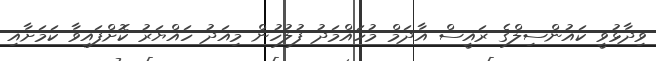
ވިދާޅުވީ ކައުންސިލްގެ ރައީސް އާދަމް މުހައްމަދު ފުލުހުން މިއަދު ހައްޔަރު ކޮށްފައިވާ ކަމަށާއި